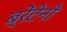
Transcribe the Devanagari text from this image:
ब्रेंटेनो